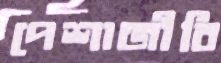
পেশাজীবি